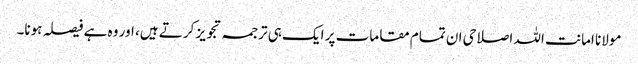
مولانا امانت اللہ اصلاحی ان تمام مقامات پر ایک ہی ترجمہ تجویز کرتے ہیں، اور وہ ہے فیصلہ ہونا۔